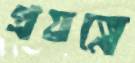
প্রযত্নে